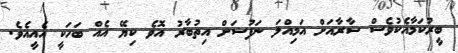
ބީރުކަމާއެކުވެސް ސާރާއަށް އަމިއްލަ ނަފުސަށް އިތުބާރު އޮވެ ކިޔޭ އެއް ބަހަކީ އެއީއެވެ.